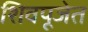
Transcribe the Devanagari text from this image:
शिवपूजेत